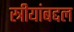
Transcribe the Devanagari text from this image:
स्त्रीयांबद्दल